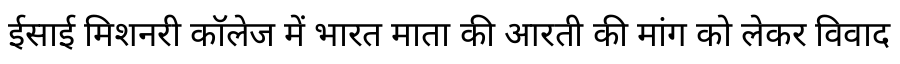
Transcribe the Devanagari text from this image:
ईसाई मिशनरी कॉलेज में भारत माता की आरती की मांग को लेकर विवाद